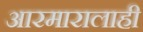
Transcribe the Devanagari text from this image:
आरमारालाही